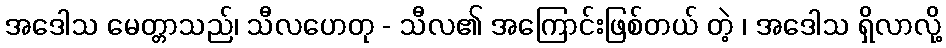
အဒေါသ မေတ္တာသည်၊ သီလဟေတု - သီလ၏ အကြောင်းဖြစ်တယ် တဲ့ ၊ အဒေါသ ရှိလာလို့